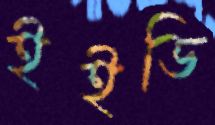
ইইডি